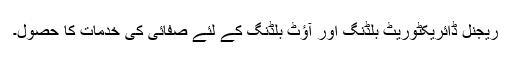
ریجنل ڈائریکٹوریٹ بلڈنگ اور آؤٹ بلڈنگ کے لئے صفائی کی خدمات کا حصول۔